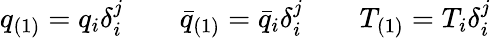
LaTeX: q_{(1)}=q_{i}\delta_{i}^{j}\qquad\bar{q}_{(1)}=\bar{q}_{i}\delta_{i}^{j}\qquad T_{(1)}=T_{i}\delta_{i}^{j}